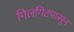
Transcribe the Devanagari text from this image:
गिलगिटपासून